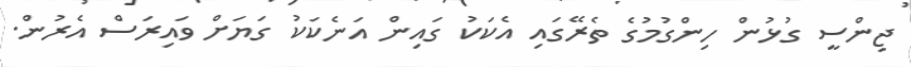
ޖިންސީ ގުޅުން ހިންގުމުގެ ތެރޭގައި އެކަކު ގައިން އަނެކަކު ގަޔަށް ވައިރަސް އެރުން.